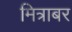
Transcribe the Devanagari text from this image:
मित्राबर